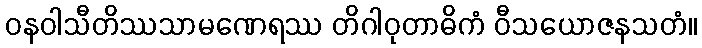
ဝနဝါသီတိဿသာမဏေရဿ တိဂါဝုတာဓိကံ ဝီသယောဇနသတံ။